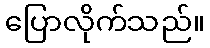
ပြောလိုက်သည်။